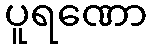
ပူရဏော